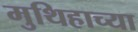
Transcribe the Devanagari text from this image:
मुथिहाच्या